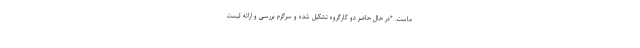
ماست. *در حال حاضر دو کارگروه تشکیل شده و سرگرم بررسی و ارائه لیست